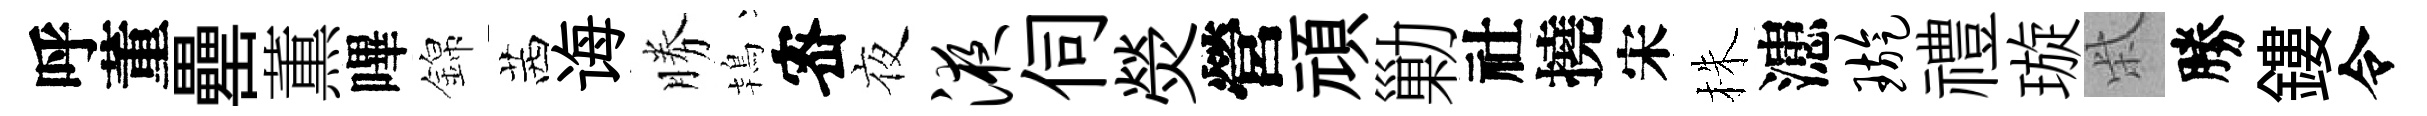
呼董罍薫嗶錦茜诲勝鴇宻夜液伺熒營頑勦社撓宋株漶璇禮璇柴勝鏤令